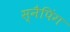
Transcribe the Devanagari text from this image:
स्नैपिंग